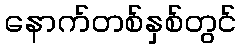
နောက်တစ်နှစ်တွင်